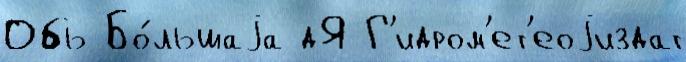
Обь Бо́льшаjа дЯ Г'идром'ет'еоjиздат